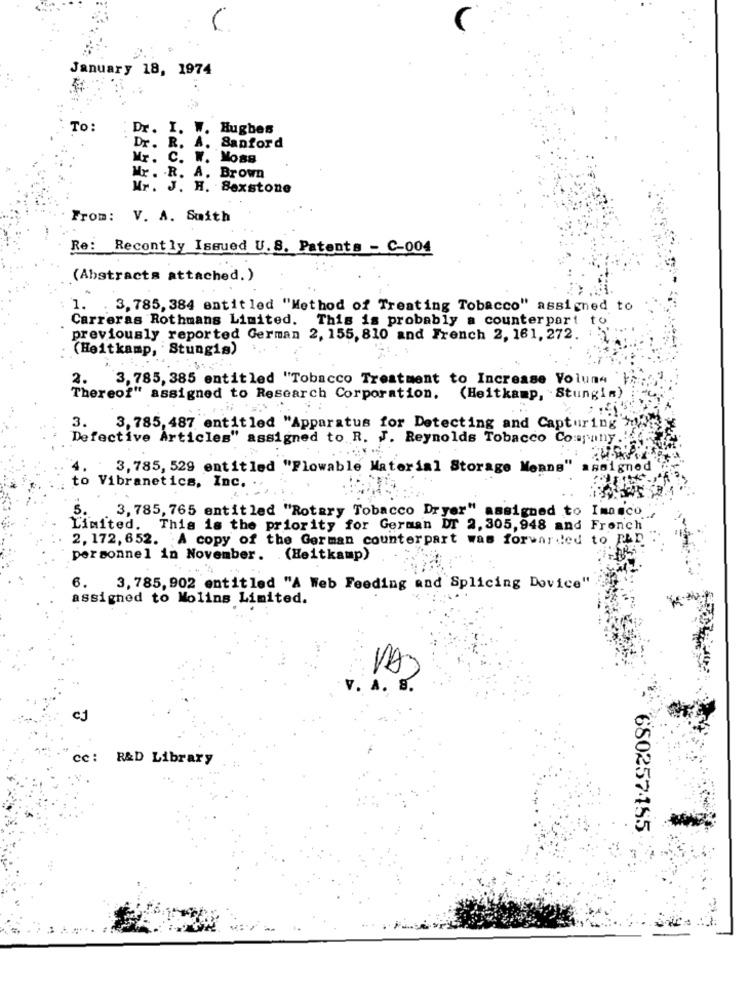
January 18, 1974
To:
Dr. I. ..
Hughes
Dr. R.
A .
Sanford
Mr. C. W.
Mo88
Mr . R. A. Brown
Mr. J. H. Sexstone
From: V. A. Smith
Re: Recently Issued U.S. Patents - C-004
(Abstracts attached.)
1. . 3, 785, 384 entitled "Method of Treating Tobacco" assigned to
Carreras Rothmans Limited. This is probably a counterpart to
previously reported German 2, 155, 810 and French 2, 161, 272.
(Heitkamp, Stungis)
2.
3,785, 385 entitled "Tobacco Treatment to Increase Voluna
Thereof" assigned to Research Corporation. (Heitkamp, Stungin)
3.
3, 785, 487 entitled "Apparatus for Detecting and Capturing'
Defective Articles" assigned to R. J. Reynolds Tobacco Company.'
3,785, 529 entitled "Flowable Material Storage Means"
Beigne
to Vibranetics, Inc. .
5.
3,785, 765 entitled "Rotary Tobacco Dryer" assigned to Imasco
Limited. This is the priority for German DT 2, 305,948 and French
2, 172, 652. A copy of the German counterpart was forwarded to PAD
personnel in November. (Heitkamp)
6.
3, 785, 902 entitled "A Web Feeding and Splicing Dovice"
assigned to Molins Limited.
VA)
CJ
cc: R&D Library
680257155